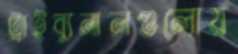
ট্রাইব্যুনালগুলোয়